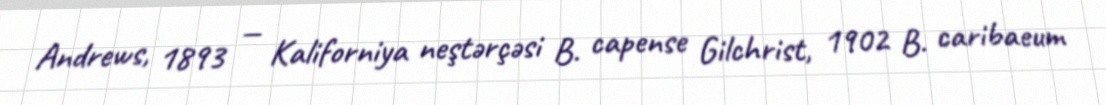
Andrews, 1893 — Kaliforniya neştərçəsi B. capense Gilchrist, 1902 B. caribaeum